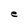
Character: e